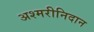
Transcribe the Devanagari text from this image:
अश्मरीनिदान